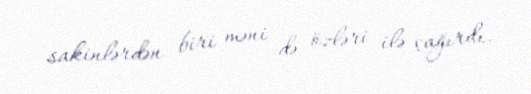
sakinlərdən biri məni də özləri ilə çağırdı.